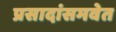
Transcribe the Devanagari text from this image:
प्रसादांसमवेत